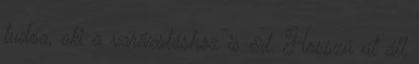
tudóa, aki a varázsláshoz is ért. Hosszú út áll